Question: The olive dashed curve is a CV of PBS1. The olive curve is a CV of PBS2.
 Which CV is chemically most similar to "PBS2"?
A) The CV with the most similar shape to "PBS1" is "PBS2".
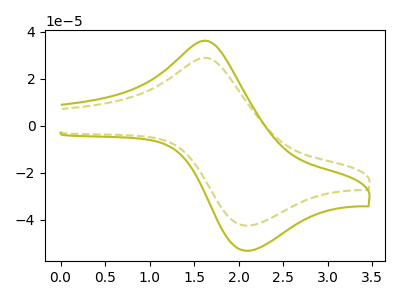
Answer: <think>The olive dashed curve "PBS1" has an anodic peak at (1.65V, 28.65uA) and a cathodic peak at (2.10V, -42.40uA). The olive curve "PBS2" has an anodic peak at (1.65V, 35.85uA) and a cathodic peak at (2.10V, -53.10uA).
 All the peaks in "PBS1" have a peak in "PBS2" at the same potential. Every peak in "PBS1" is lower than every peak in "PBS2".</think>
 <answer>A) The CV with the most similar shape to "PBS1" is "PBS2".</answer>
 <eval>A</eval>